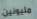
مليونين